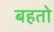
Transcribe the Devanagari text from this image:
बहतो